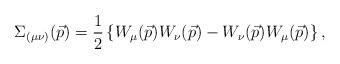
LaTeX: \begin{align*}\Sigma_{(\mu\nu)}(\vec p) = \frac{1}{2}\left \{ W_{\mu}(\vec p)W_{\nu}(\vec p)-W_{\nu}(\vec p)W_{\mu}(\vec p)\right\},\end{align*}